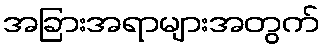
အခြားအရာများအတွက်